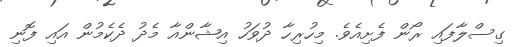
ގިސްލާފައި ރޯން ފެށިއެވެ. މިހުރިހާ ދުވަހު އިޝާންއާ މެދު ދެކެމުން އައި ފޮނި